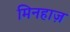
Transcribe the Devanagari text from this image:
मिनहाज़